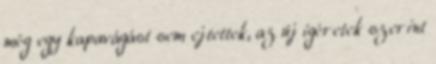
még egy kapavágást sem ejtettek, az új ígéretek szerint